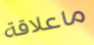
ماعلاقة